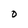
Character: O